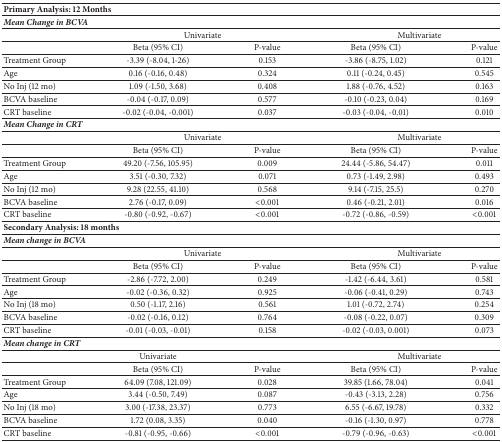
<table><thead><tr><td colspan="5"><b>Primary Analysis: 12 Months</b></td></tr></thead><tbody><tr><td colspan="5"><b><i>Mean Change in BCVA</i></b></td></tr><tr><td> </td><td colspan="2">Univariate</td><td colspan="2">Multivariate</td></tr><tr><td> </td><td>Beta (95% CI)</td><td>P-value</td><td>Beta (95% CI)</td><td>P-value</td></tr><tr><td>Treatment Group</td><td>-3.39 (-8.04, 1-26)</td><td>0.153</td><td>-3.86 (-8.75, 1.02)</td><td>0.121</td></tr><tr><td>Age</td><td>0.16 (-0.16, 0.48)</td><td>0.324</td><td>0.11 (-0.24, 0.45)</td><td>0.545</td></tr><tr><td>No Inj (12 mo)</td><td>1.09 (-1.50, 3.68)</td><td>0.408</td><td>1.88 (-0.76, 4.52)</td><td>0.163</td></tr><tr><td>BCVA baseline</td><td>-0.04 (-0.17, 0.09)</td><td>0.577</td><td>-0.10 (-0.23, 0.04)</td><td>0.169</td></tr><tr><td>CRT baseline</td><td>-0.02 (-0.04, -0.001)</td><td>0.037</td><td>-0.03 (-0.04, -0.01)</td><td>0.010</td></tr><tr><td colspan="5"><b><i>Mean Change in CRT</i></b></td></tr><tr><td> </td><td colspan="2">Univariate</td><td colspan="2">Multivariate</td></tr><tr><td> </td><td>Beta (95% CI)</td><td>P-value</td><td>Beta (95% CI)</td><td>P-value</td></tr><tr><td>Treatment Group</td><td>49.20 (-7.56, 105.95)</td><td>0.009</td><td>24.44 (-5.86, 54.47)</td><td>0.011</td></tr><tr><td>Age</td><td>3.51 (-0.30, 7.32)</td><td>0.071</td><td>0.73 (-1.49, 2.98)</td><td>0.493</td></tr><tr><td>No Inj (12 mo)</td><td>9.28 (22.55, 41.10)</td><td>0.568</td><td>9.14 (-7.15, 25.5)</td><td>0.270</td></tr><tr><td>BCVA baseline</td><td>2.76 (-0.17, 0.09)</td><td>&lt;0.001</td><td>0.46 (-0.21, 2.01)</td><td>0.016</td></tr><tr><td>CRT baseline</td><td>-0.80 (-0.92, -0.67)</td><td>&lt;0.001</td><td>-0.72 (-0.86, -0.59)</td><td>&lt;0.001</td></tr><tr><td colspan="5"><b>Secondary Analysis: 18 months</b></td></tr><tr><td colspan="5"><b><i>Mean change in BCVA</i></b></td></tr><tr><td> </td><td colspan="2">Univariate</td><td colspan="2">Multivariate</td></tr><tr><td> </td><td>Beta (95% CI)</td><td>P-value</td><td>Beta (95% CI)</td><td>P-value</td></tr><tr><td>Treatment Group</td><td>-2.86 (-7.72, 2.00)</td><td>0.249</td><td>-1.42 (-6.44, 3.61)</td><td>0.581</td></tr><tr><td>Age</td><td>-0.02 (-0.36, 0.32)</td><td>0.925</td><td>-0.06 (-0.41, 0.29)</td><td>0.743</td></tr><tr><td>No Inj (18 mo)</td><td>0.50 (-1.17, 2.16)</td><td>0.561</td><td>1.01 (-0.72, 2.74)</td><td>0.254</td></tr><tr><td>BCVA baseline</td><td>-0.02 (-0.16, 0.12)</td><td>0.764</td><td>-0.08 (-0.22, 0.07)</td><td>0.309</td></tr><tr><td>CRT baseline</td><td>-0.01 (-0.03, -0.01)</td><td>0.158</td><td>-0.02 (-0.03, 0.001)</td><td>0.073</td></tr><tr><td colspan="5"><b><i>Mean change in CRT</i></b></td></tr><tr><td> </td><td>Univariate</td><td> </td><td colspan="2">Multivariate</td></tr><tr><td> </td><td>Beta (95% CI)</td><td>P-value</td><td>Beta (95% CI)</td><td>P-value</td></tr><tr><td>Treatment Group</td><td>64.09 (7.08, 121.09)</td><td>0.028</td><td>39.85 (1.66, 78.04)</td><td>0.041</td></tr><tr><td>Age</td><td>3.44 (-0.50, 7.49)</td><td>0.087</td><td>-0.43 (-3.13, 2.28)</td><td>0.756</td></tr><tr><td>No Inj (18 mo)</td><td>3.00 (-17.38, 23.37)</td><td>0.773</td><td>6.55 (-6.67, 19.78)</td><td>0.332</td></tr><tr><td>BCVA baseline</td><td>1.72 (0.08, 3.35)</td><td>0.040</td><td>-0.16 (-1.30, 0.97)</td><td>0.778</td></tr><tr><td>CRT baseline</td><td>-0.81 (-0.95, -0.66)</td><td>&lt;0.001</td><td>-0.79 (-0.96, -0.63)</td><td>&lt;0.001</td></tr></tbody></table>